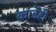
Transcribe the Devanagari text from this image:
कार्डेही